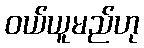
ဝယ်ယူမည်ဟု